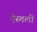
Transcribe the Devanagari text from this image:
ऐस्बली